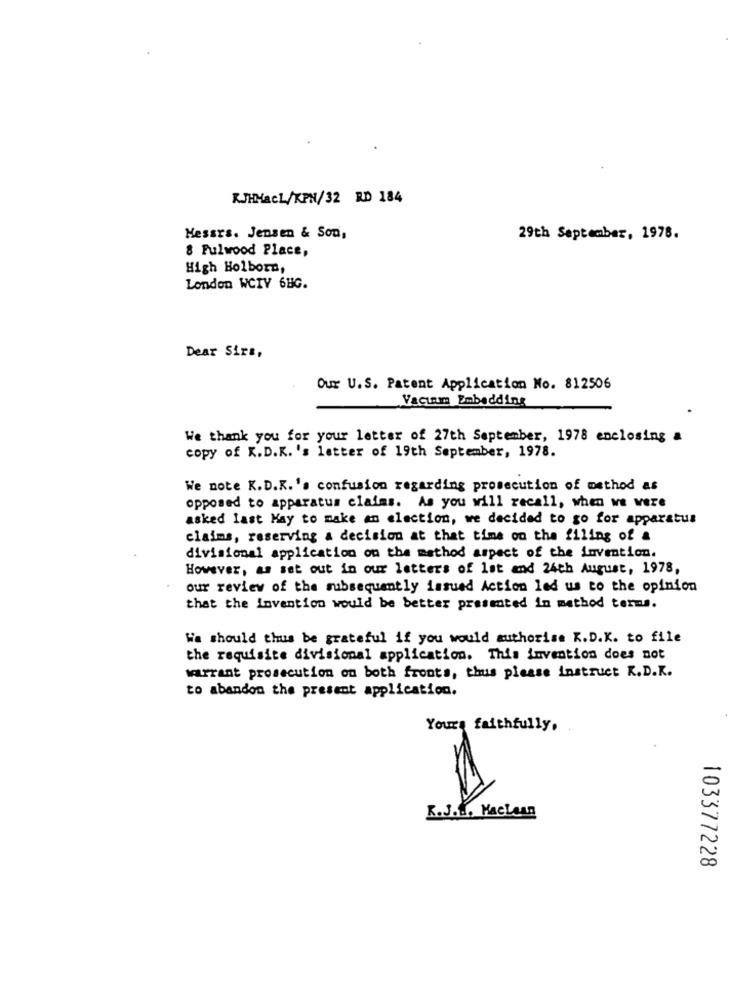
KJHHaCL/KPN/32 RD 184
Messrs. Jensen & Son,
29th September, 1978.
8 Fulwood Place,
High Holborn,
London WCIV 6BG.
Dear Sirs,
Our U.S. Patent Application No. 812506
Vacuum Embedding
We thank you for your letter of 27th September, 1978 enclosing a
copy of K.D.K. 's letter of 19th September, 1978.
We note K.D.K.'s confusion regarding prosecution of method as
opposed to apparatus claims. As you will recall, when we were
asked last May to make an election, we decided to go for apparatus
claims, reserving a decision at that time on the filing of a
divisional application on the method aspect of the invention.
However, as set out in our letters of 1st and 24th August, 1978,
our review of the subsequently issued Action led us to the opinion
that the Invention would be better presented in method terms.
We should thus be grateful if you would authorise K.D.K. to file
the requisite divisional application. This invention does not
warrant prosecution on both fronts, thus please instruct K.D.K.
to abandon the present application.
Yours faithfully.
K.J.M. Maclean
103377228